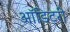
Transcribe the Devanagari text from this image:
ऑडिटरी